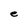
Character: e